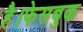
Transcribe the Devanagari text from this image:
है।फेसबुक